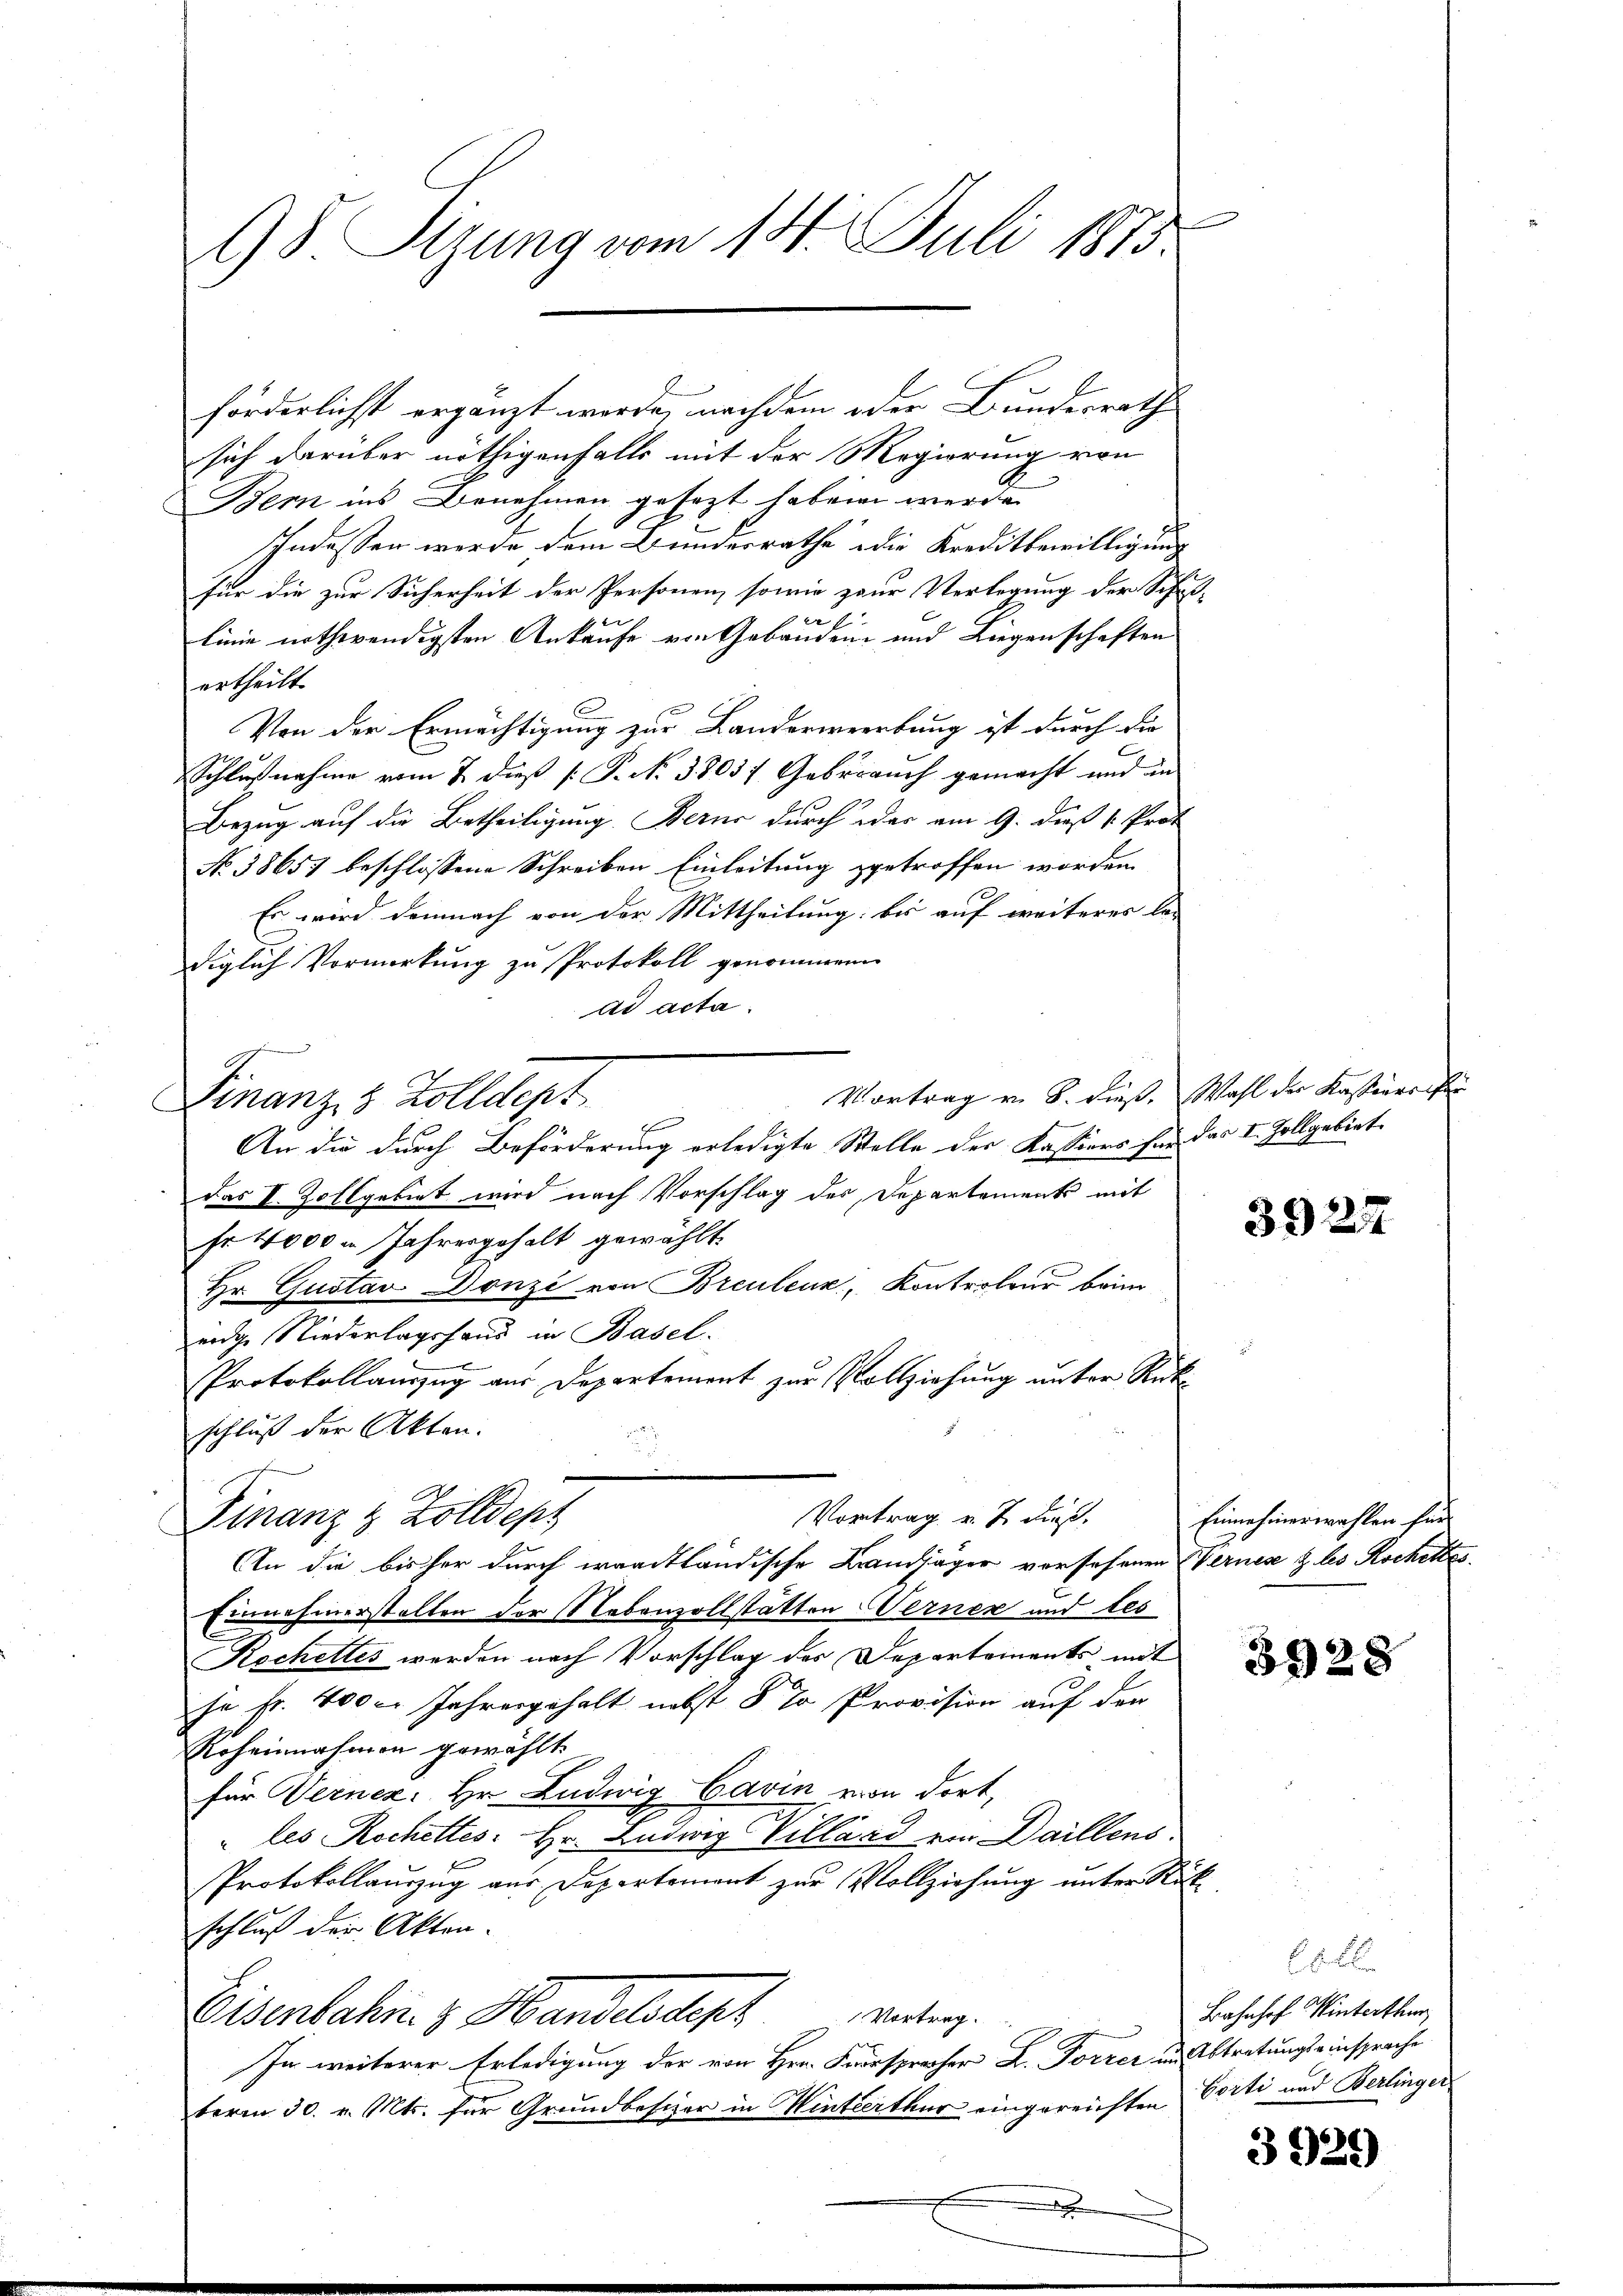
98. Sizung vom 14. Juli 1875.

Finanz, 8 Zolldept

förderlichst ergänzt werde, nachdem oder Bundesrath
sich darüber nöthigenfalls mit der Regierung von
Bern ins Benehmen gesezt haben werde.
Indessen werde dem Bundesrathe die Kreditbewilligung
für die zur Sicherheit der Personen, sowie zur Verlegung der Schifer
linie nothwendigsten Ankaufe von Gebäuden- und Liegenschaften
ertheilt.
Von der Ermächtigung zur Banderwerbung ist durch die
e
Schlußnahme vom 7. dieß [ P. No 3803) Gebrauch gemacht und an
Bezug auf die Betheiligung Berne durch der am 9. daß v. Prot
No 38657 beschlossene Schreiben Einleitung getroffen worden.
Es wird demnach von der Mittheilung: bis auf weiteres la-
diglich Vormerkung zu Protokoll genommenen
ad acta
Vortrag v. 8. dieß. Wahl der Kasterschen
h
An die durch Beförderung erledigte Stelle der Kassiers für das I. Zollgebiet
das V. Zollgebiet wird nach Vorschlag des Departements mit
Fr. 4000 m Jahresgehalt gewählt
Hr. Gustav Donzi von Breuleux, Kontroleur beim
eidge Niederlagshaus in Basel.
Protokollauszug aus Departement zur Vollziehung unter Rükschluß der Akten.
Vortrag v. J. dieß,
Finanz & Zolldept
An die bisher durch waadtländische Landjäger vorsehenen Wernes & les Rochettes
Einnehmerstellen der Nebenzollstätten Verner und tes
Kochettes werden nach Vorschlag des Departements mit
je fr. 400. Jahresgehalt nebst 5 % Provision auf der
Roheinahmen gewählt
für Vernez: Hr. Ludwig Carin von dort,
" les Rochettes: Hr. Ludwig Villard von Daillens.
Protokollauszug aus Departement zur Vollziehung unter Stück
schluß der Akten.
Eisenbahn z. Handels depr
Vortrag.
In weiterer Erledigung der von Hrn. Fürsprecher L. Forrer in Abtretungseinsprache
term 30. v. Mts. für Grundbesizer in Hinterthur eingereichten Porti und Berlinger

3927

Einnehmerwahlen für

3928

68 b
Bahnhof Winterthur,

3929)